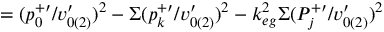
= ( p _ { 0 } ^ { + \prime } / v _ { 0 ( 2 ) } ^ { \prime } ) ^ { 2 } - \Sigma ( p _ { k } ^ { + \prime } / v _ { 0 ( 2 ) } ^ { \prime } ) ^ { 2 } - k _ { e g } ^ { 2 } \Sigma ( P _ { j } ^ { + \prime } / v _ { 0 ( 2 ) } ^ { \prime } ) ^ { 2 }